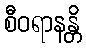
စီဝရာနန္တိ